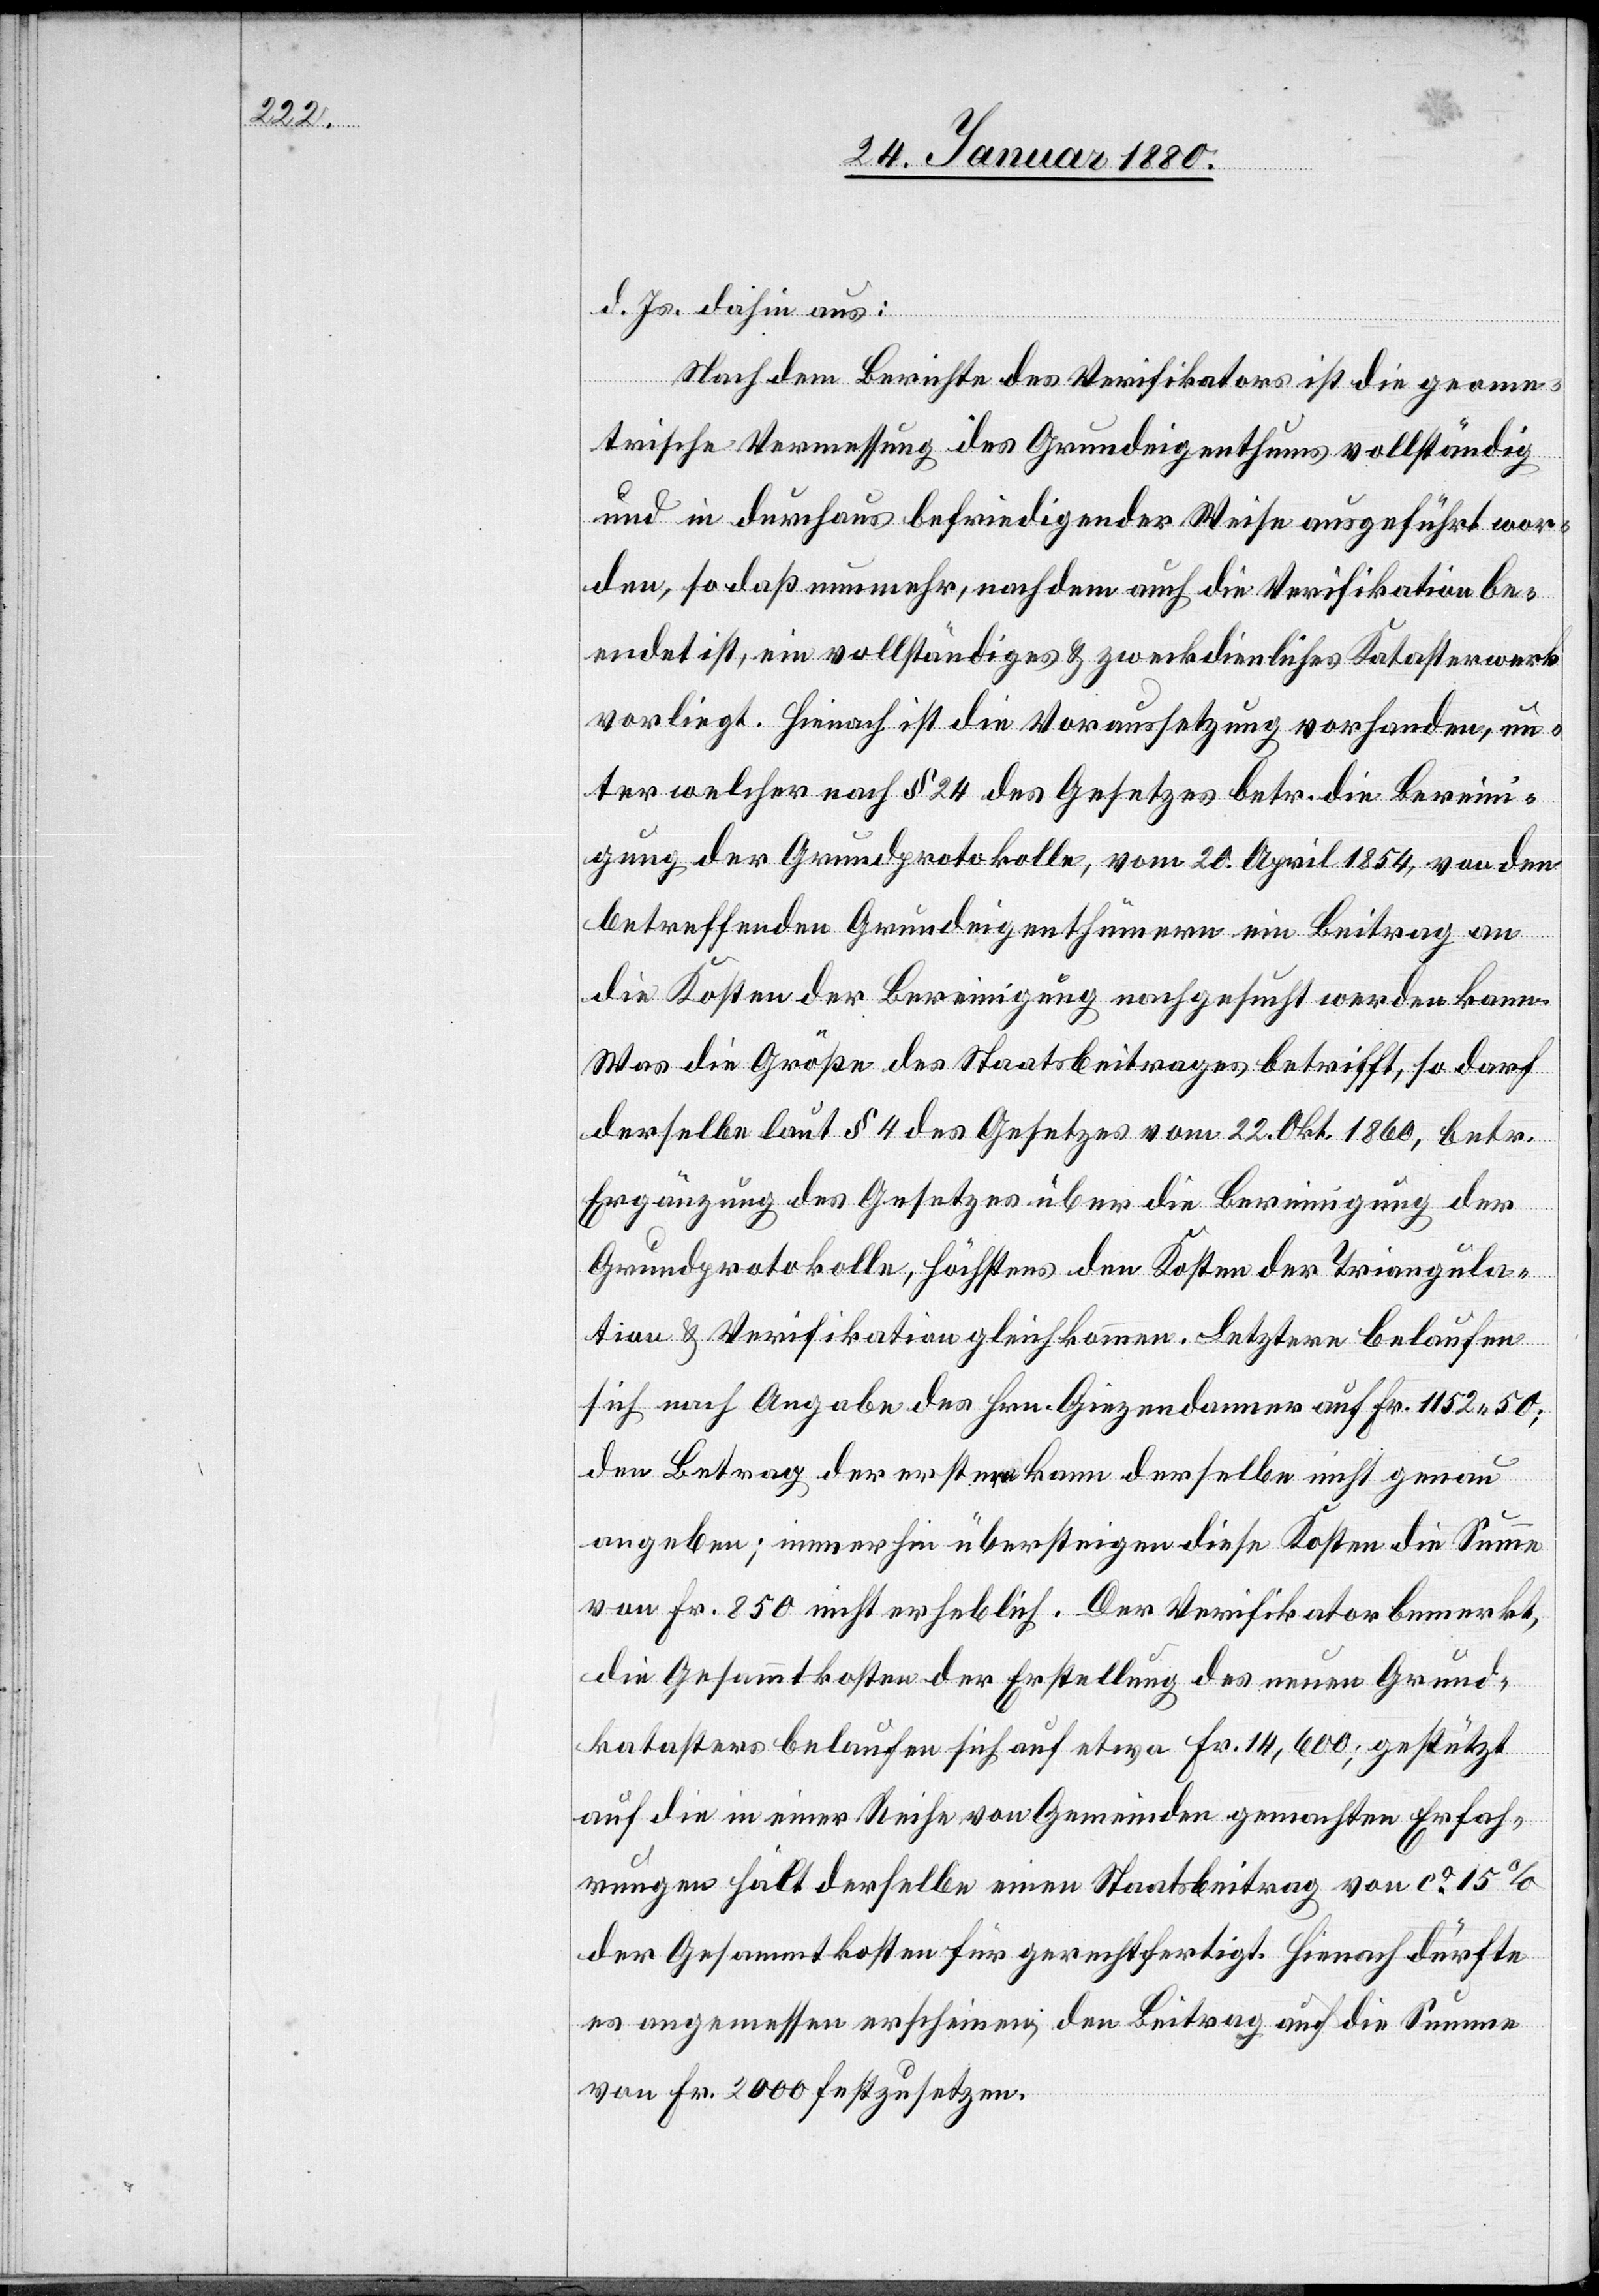
d. Js. dahin aus:
Nach dem Berichte des Verifikators ist die geome¬
trische Vermessung des Grundeigenthums vollständig
und in durchaus befriedigender Weise ausgeführt wor¬
den, so daß nunmehr, nachdem auch die Verifikation be¬
endet ist, ein vollständiges & zweckdienliches Katasterwerk
vorliegt. Hienach ist die Voraussetzung vorhanden, un¬
ter welcher nach § 24 des Gesetzes betr. die Bereini¬
gung der Grundprotokolle, vom 20. April 1854, von den
betreffenden Grundeigenthümern ein Beitrag an
die Kosten der Bereinigung nachgesucht werden kann.
Was die Größe des Staatsbeitrages betrifft, so darf
derselbe laut § 4 des Gesetzes vom 22. Okt. 1869, betr.
Ergänzung des Gesetzes über die Bereinigung der
Grundprotokolle, höchstens den Kosten der Triangula¬
tion & Verifikation gleichkommen. Letztere belaufen
sich nach Angabe des Hrn. Giezendanner auf Fr. 1152.50;
den Betrag der erstern kann derselbe nicht genau
angeben; immerhin übersteigen diese Kosten die Summe
von Fr. 850 nicht erheblich. Der Verifikator bemerkt,
die Gesammtkosten der Erstellung des neunen Grund¬
katasters belaufen sich auf etwa Fr. 14, 600; gestützt
auf die in einer Reihe von Gemeinden gemachten Erfah¬
rungen hält derselbe einen Staatsbeitrag von ca 15 %
der Gesammtkosten für gerechtfertigt. Hienach dürfte
es angemessen erscheinen, den Beitrag auf die Summe
von Fr. 2000 festzusetzen.